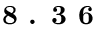
\textbf { 8 . 3 6 }